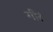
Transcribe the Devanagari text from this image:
गीरे